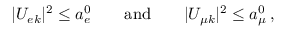
| U _ { e k } | ^ { 2 } \leq a _ { e } ^ { 0 } \qquad \mathrm { a n d } \qquad | U _ { { \mu } k } | ^ { 2 } \leq a _ { \mu } ^ { 0 } \, ,